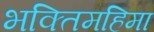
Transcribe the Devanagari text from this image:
भक्तिमहिमा